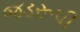
જડરૂપી